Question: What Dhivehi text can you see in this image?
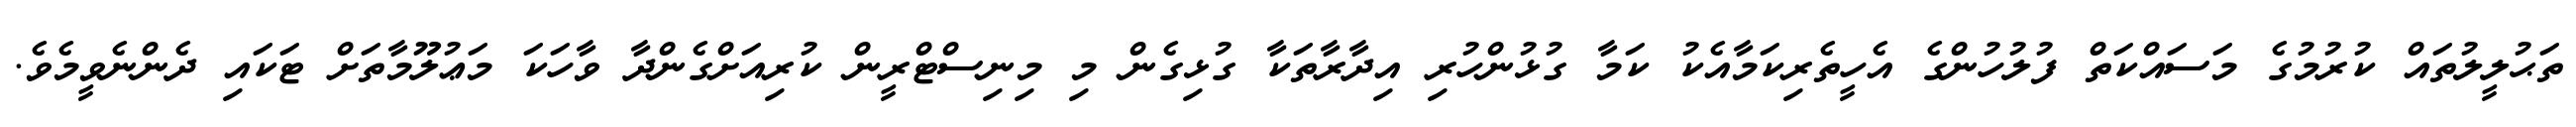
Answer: ތަޙުލީލުތައް ކުރުމުގެ މަސައްކަތް ފުލުހުންގެ އެހީތެރިކަމާއެކު ކަމާ ގުޅުންހުރި އިދާރާތަކާ ގުޅިގެން މި މިނިސްޓްރީން ކުރިއަށްގެންދާ ވާހަކަ މަޢުލޫމާތަށް ޓަކައި ދެންނެވީމެވެ.